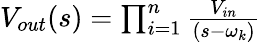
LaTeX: \begin{array}{r}{V_{out}(s)=\prod_{i=1}^{n}\frac{V_{in}}{(s-\omega_{k})}}\end{array}